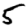
Digit: 5